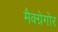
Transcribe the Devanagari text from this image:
मैक्ग्रेगोर